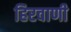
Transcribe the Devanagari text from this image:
हिरवाणी